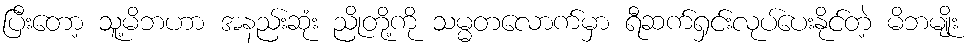
ပြီးတော့ သူ့မိဘဟာ အနည်းဆုံး ညိုတို့ကို သမ္မတလောက်မှာ ရီဆက်ရှင်းလုပ်ပေးနိုင်တဲ့ မိဘမျိုး